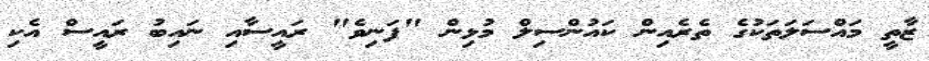
ޒާތީ މައްސަލަތަކުގެ ތެރެއިން ކައުންސިލް މުޅިން "ފަނިވެ" ރައީސާއި ނައިބު ރައީސް އެކި